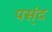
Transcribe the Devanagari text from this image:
पस्ंद